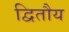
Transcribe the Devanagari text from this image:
द्वितौय